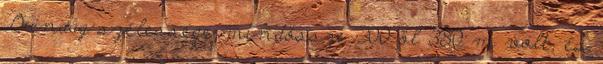
Dunaág szélessége mindössze 200 öl 380 m volt, és